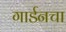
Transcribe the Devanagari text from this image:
गार्डनचा